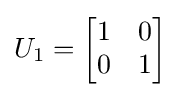
U_{1}={\begin{bmatrix}1&0\\0&1\end{bmatrix}}